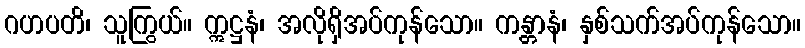
ဂဟပတိ၊ သူကြွယ်။ ဣဋ္ဌနံ၊ အလိုရှိအပ်ကုန်သော။ ကန္တာနံ၊ နှစ်သက်အပ်ကုန်သော။